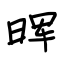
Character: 晖